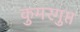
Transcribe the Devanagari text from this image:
कुमरगुप्त